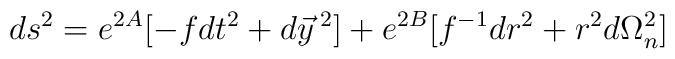
ds^2=e^{2A}[-fdt^2 + d\vec y\,^2]+e^{2B}[f^{-1}dr^2+r^2d\Omega_n^2]